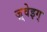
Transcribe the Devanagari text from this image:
ज़्वेइग्